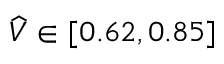
\widehat { V } \in [ 0 . 6 2 , 0 . 8 5 ]